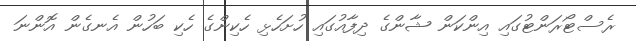
ރެސްޓޯރަންޓުގައި އިންކަން ޝާންގެ ދިފާއުގައި ހުށަހެޅި ހެކިންގެ ހެކި ބަހުން އެނގެން އޮންނަ